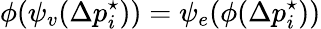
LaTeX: \phi(\psi_{v}(\Delta p_{i}^{\star}))=\psi_{e}(\phi(\Delta p_{i}^{\star}))